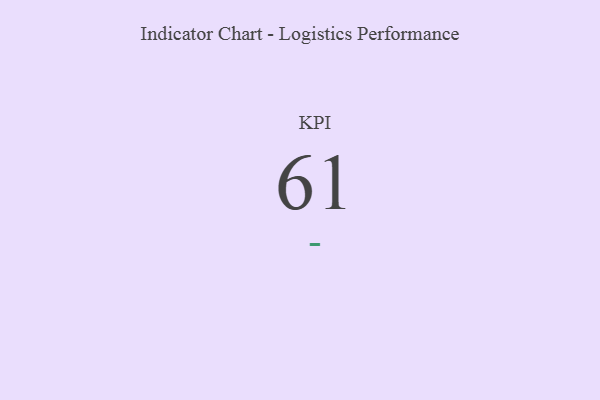
{"axis": {"x": "KPI", "y": "Value"}, "legend": [""], "data": [{"x": "KPI", "y": 61, "type": ""}]}